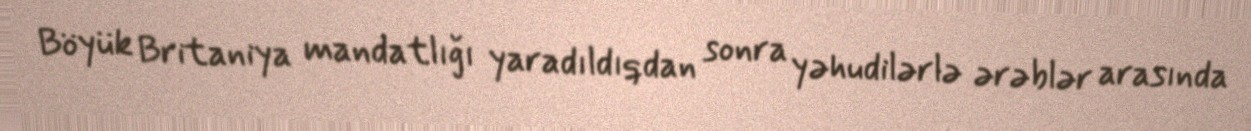
Böyük Britaniya mandatlığı yaradıldıqdan sonra yəhudilərlə ərəblər arasında